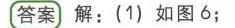
答案 解：(1) 如图6;